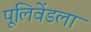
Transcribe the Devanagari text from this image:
पूलिवेंडला